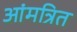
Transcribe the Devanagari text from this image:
आंमत्रित